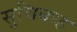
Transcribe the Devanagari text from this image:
सुचिबध्ह